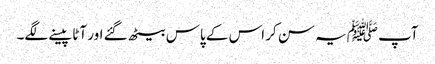
آپ ﷺیہ سن کر اس کے پاس بیٹھ گئے اور آٹا پیسنے لگے۔